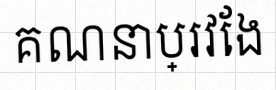
គណនាប្រវែង